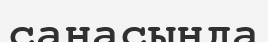
санасында